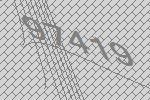
97419